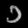
Digit: ၁